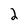
Character: 2